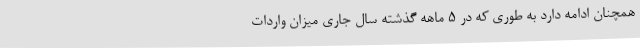
همچنان ادامه دارد به طوری که در 5 ماهه گذشته سال جاری میزان واردات